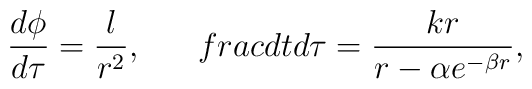
\frac{d\phi}{d\tau}=\frac{l}{r^2}, \ \ \ \ \ \ \\frac{dt}{d\tau}=\frac{kr}{r-\alpha e^{-\beta r}},